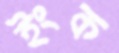
ইংক